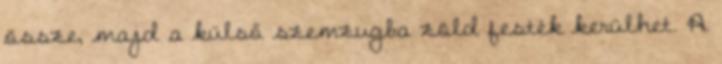
össze, majd a külső szemzugba zöld festék kerülhet. A